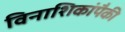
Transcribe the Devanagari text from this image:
विनाशिकांपैकी